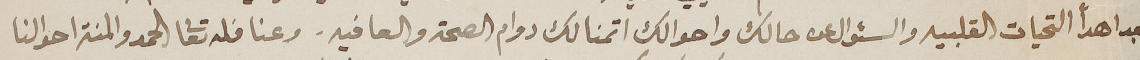
بعد اهدأ التحيات القلبيه والسؤال عن حالك واحوالك اتمنا لك دوام الصحة والعافيه. وعنا فله تعالى الحمد والمنة احوالنا